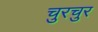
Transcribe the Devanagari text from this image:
चुरचुर